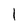
Character: I